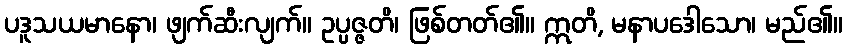
ပဒူသယမာနော၊ ဖျက်ဆီးလျက်။ ဥပ္ပဇ္ဇတိ၊ ဖြစ်တတ်၏။ ဣတိ, မနာပဒေါသော၊ မည်၏။